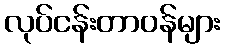
လုပ်ငန်းတာဝန်များ